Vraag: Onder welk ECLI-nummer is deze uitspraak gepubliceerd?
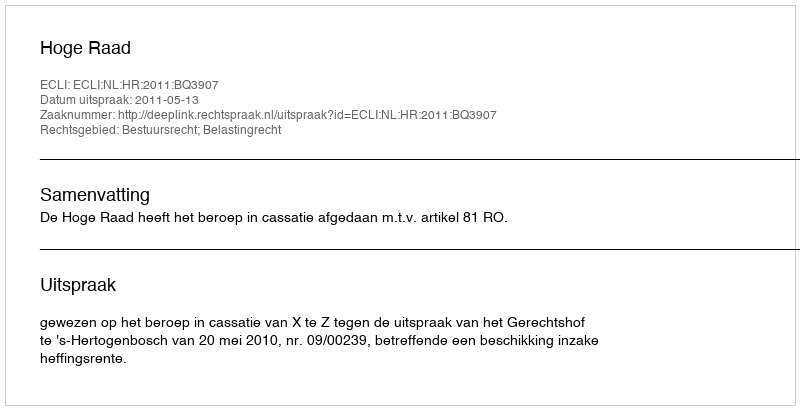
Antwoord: ECLI:NL:HR:2011:BQ3907